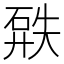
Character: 𥓹